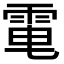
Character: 𩂬